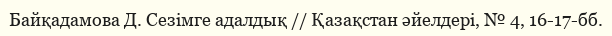
Байқадамова Д. Сезімге адалдық // Қазақстан әйелдері, № 4, 16-17-бб.